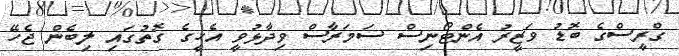
ގްރީސްގެ ބޮޑު ވަޒީރު އެންޓޯނިސް ސަމަރާސް ވިދާޅުވީ އެހީގެ ގޮތުގައި ލިބެން ޖެހޭ